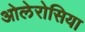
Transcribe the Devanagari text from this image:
ओलेरोसिया